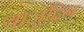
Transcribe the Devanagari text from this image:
याजुद्दिन